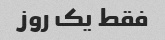
فقط یک روز